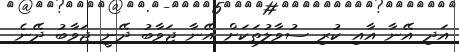
އަދި އޭނާ އާއި ކުރި ސުވާލުތަކަށް އޭނާ ޖަވާބު ދޭނީ ޖަވާބު ދޭނެ